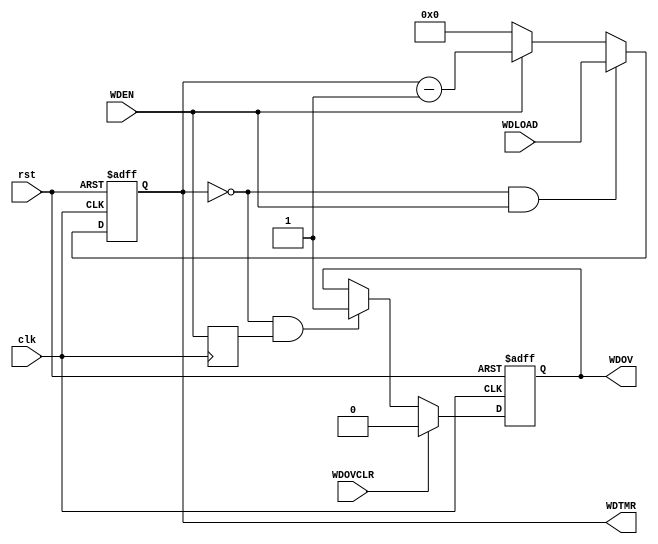
/*
	Mohamed Shalan (mshalan@aucegypt.edu)
*/

/*
	A simple 32-bit watchdog timer
	WDTMR	: 32-bit down counter
	WDLOAD	: 32-bit load value
	WDOV	: WD Timer overflow (WDTMR==0)
	TMROVCLR: Control signal to clear the WDOV flag
*/


`timescale 1ns/1ps
`default_nettype none

module WDT32 (
		input wire clk,
		input wire rst,
		output reg [31:0] WDTMR,
		input wire [31:0] WDLOAD,
		output reg WDOV,
		input wire WDOVCLR,
		input wire WDEN
);

	wire	wdov = (WDTMR == 32'd0);
	
	// WDTimer
	always @(posedge clk or posedge rst)
	begin
		if(rst)
			WDTMR <= 32'h0;
		else if(wdov & WDEN)
			WDTMR <= WDLOAD;
		else if(WDEN)
			WDTMR <= WDTMR - 32'd1;
		else if(~WDEN)
		  WDTMR <= 32'h0;
	end
	
	reg wden_p;
	always @(posedge clk) 
	  wden_p <= WDEN;

	always @(posedge clk or posedge rst)
	begin
		if(rst)
			WDOV <= 1'd0;
		else if(WDOVCLR)
			WDOV <= 1'd0;
		else if(wdov & wden_p)
			WDOV <= 1'd1;
	end

endmodule